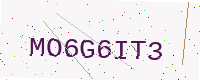
Text: MO6G6IT3